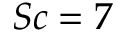
S c = 7